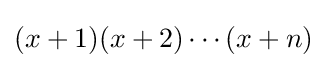
(x+1)(x+2)\cdots (x+n)